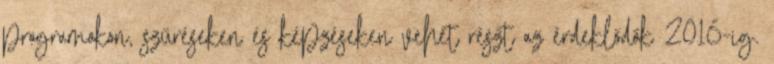
programokon, szűréseken és képzéseken vehet részt az érdeklődők 2016-ig.